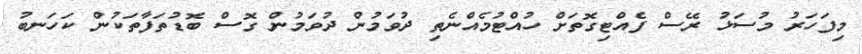
މިފަހަރު މުސަޅު ރޭސް ފެއްޓިގޮތަށް ހުއްޓުމެއްނެތި ދުވަމުން ދުވަމުން ގޮސް ބޮޑުތަފާތަކުން ކަހަނބު